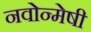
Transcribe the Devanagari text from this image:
नवोन्‍मेषी